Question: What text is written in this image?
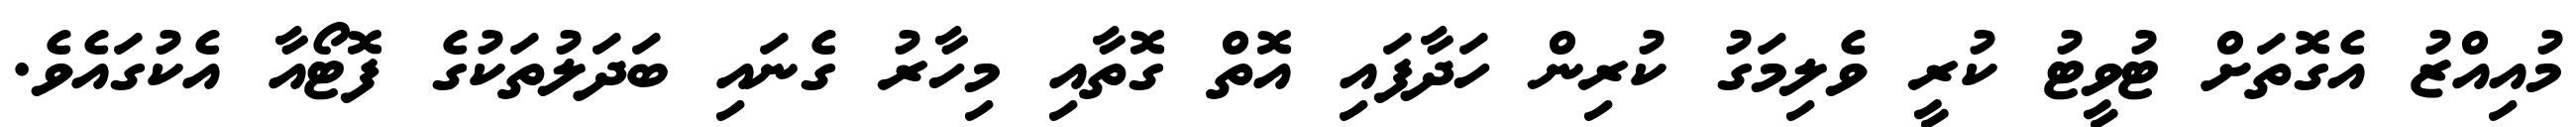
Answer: މުއިއްޒު އެގޮތަށް ޓުވީޓު ކުރީ ވެލިމަގު ކުރިން ހަދާފައި އޮތް ގޮތާއި މިހާރު ގެނައި ބަދަލުތަކުގެ ފޮޓޯއާ އެކުގައެވެ.